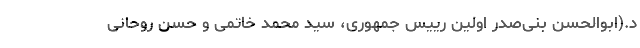
د.(ابوالحسن بنی‌صدر اولین رییس جمهوری، سید محمد خاتمی و حسن روحانی